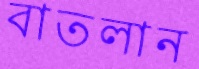
বাতলান